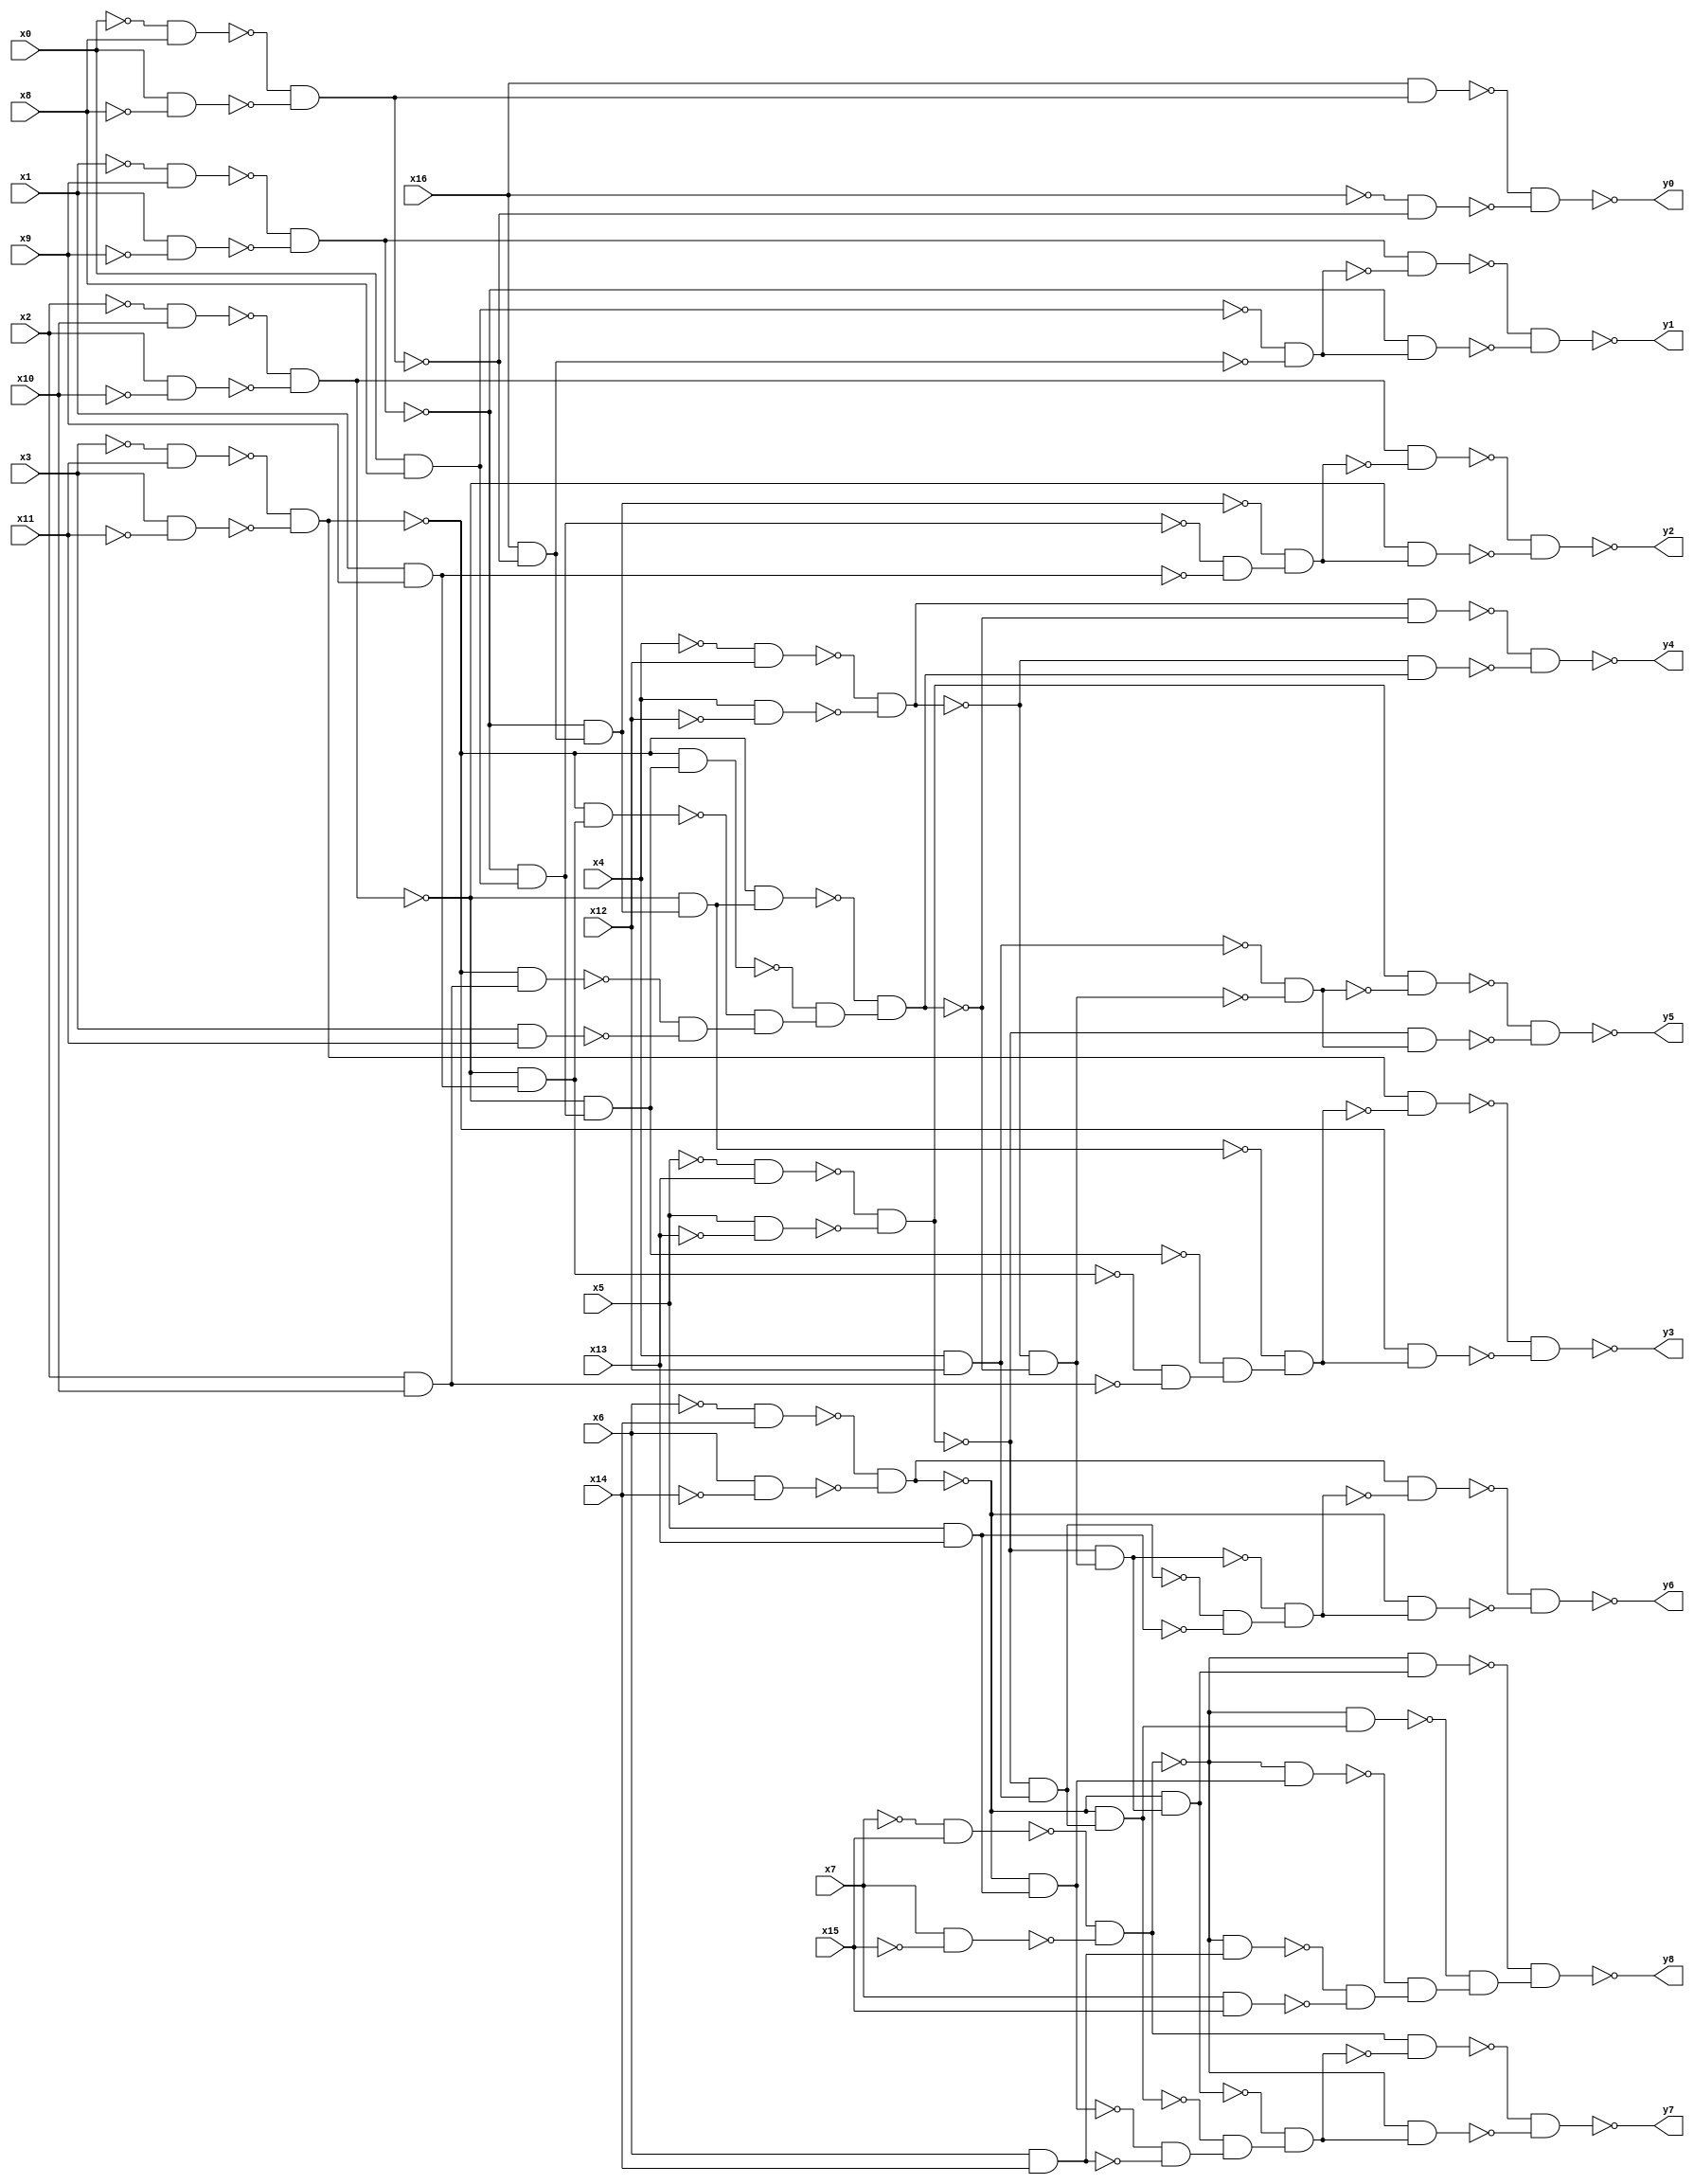
module top(x0, x1, x2, x3, x4, x5, x6, x7, x8, x9, x10, x11, x12, x13, x14, x15, x16, y0, y1, y2, y3, y4, y5, y6, y7, y8);
  input x0, x1, x2, x3, x4, x5, x6, x7, x8, x9, x10, x11, x12, x13, x14, x15, x16;
  output y0, y1, y2, y3, y4, y5, y6, y7, y8;
  wire n18, n19, n20, n21, n22, n23, n24, n25, n26, n27, n28, n29, n30, n31, n32, n33, n34, n35, n36, n37, n38, n39, n40, n41, n42, n43, n44, n45, n46, n47, n48, n49, n50, n51, n52, n53, n54, n55, n56, n57, n58, n59, n60, n61, n62, n63, n64, n65, n66, n67, n68, n69, n70, n71, n72, n73, n74, n75, n76, n77, n78, n79, n80, n81, n82, n83, n84, n85, n86, n87, n88, n89, n90, n91, n92, n93, n94, n95, n96, n97, n98, n99, n100, n101, n102, n103, n104, n105, n106, n107, n108, n109, n110, n111, n112, n113;
  assign n18 = ~x0 & x8;
  assign n19 = x0 & ~x8;
  assign n20 = ~n18 & ~n19;
  assign n21 = x16 & n20;
  assign n22 = ~x16 & ~n20;
  assign n23 = ~n21 & ~n22;
  assign n24 = ~x1 & x9;
  assign n25 = x1 & ~x9;
  assign n26 = ~n24 & ~n25;
  assign n27 = x0 & x8;
  assign n28 = x16 & ~n20;
  assign n29 = ~n27 & ~n28;
  assign n30 = n26 & ~n29;
  assign n31 = ~n26 & n29;
  assign n32 = ~n30 & ~n31;
  assign n33 = ~x2 & x10;
  assign n34 = x2 & ~x10;
  assign n35 = ~n33 & ~n34;
  assign n38 = ~n26 & n28;
  assign n36 = ~n26 & n27;
  assign n37 = x1 & x9;
  assign n39 = ~n36 & ~n37;
  assign n40 = ~n38 & n39;
  assign n41 = n35 & ~n40;
  assign n42 = ~n35 & n40;
  assign n43 = ~n41 & ~n42;
  assign n44 = ~x3 & x11;
  assign n45 = x3 & ~x11;
  assign n46 = ~n44 & ~n45;
  assign n50 = ~n35 & n38;
  assign n48 = ~n35 & n36;
  assign n47 = ~n35 & n37;
  assign n49 = x2 & x10;
  assign n51 = ~n47 & ~n49;
  assign n52 = ~n48 & n51;
  assign n53 = ~n50 & n52;
  assign n54 = n46 & ~n53;
  assign n55 = ~n46 & n53;
  assign n56 = ~n54 & ~n55;
  assign n57 = ~x4 & x12;
  assign n58 = x4 & ~x12;
  assign n59 = ~n57 & ~n58;
  assign n64 = ~n46 & n50;
  assign n62 = ~n46 & n48;
  assign n61 = ~n46 & n47;
  assign n60 = ~n46 & n49;
  assign n63 = x3 & x11;
  assign n65 = ~n60 & ~n63;
  assign n66 = ~n61 & n65;
  assign n67 = ~n62 & n66;
  assign n68 = ~n64 & n67;
  assign n69 = n59 & ~n68;
  assign n70 = ~n59 & n68;
  assign n71 = ~n69 & ~n70;
  assign n72 = ~x5 & x13;
  assign n73 = x5 & ~x13;
  assign n74 = ~n72 & ~n73;
  assign n75 = x4 & x12;
  assign n76 = ~n59 & ~n68;
  assign n77 = ~n75 & ~n76;
  assign n78 = n74 & ~n77;
  assign n79 = ~n74 & n77;
  assign n80 = ~n78 & ~n79;
  assign n81 = ~x6 & x14;
  assign n82 = x6 & ~x14;
  assign n83 = ~n81 & ~n82;
  assign n86 = ~n74 & n76;
  assign n84 = ~n74 & n75;
  assign n85 = x5 & x13;
  assign n87 = ~n84 & ~n85;
  assign n88 = ~n86 & n87;
  assign n89 = n83 & ~n88;
  assign n90 = ~n83 & n88;
  assign n91 = ~n89 & ~n90;
  assign n92 = ~x7 & x15;
  assign n93 = x7 & ~x15;
  assign n94 = ~n92 & ~n93;
  assign n98 = ~n83 & n86;
  assign n96 = ~n83 & n84;
  assign n95 = ~n83 & n85;
  assign n97 = x6 & x14;
  assign n99 = ~n95 & ~n97;
  assign n100 = ~n96 & n99;
  assign n101 = ~n98 & n100;
  assign n102 = n94 & ~n101;
  assign n103 = ~n94 & n101;
  assign n104 = ~n102 & ~n103;
  assign n109 = ~n94 & n98;
  assign n107 = ~n94 & n96;
  assign n106 = ~n94 & n95;
  assign n105 = ~n94 & n97;
  assign n108 = x7 & x15;
  assign n110 = ~n105 & ~n108;
  assign n111 = ~n106 & n110;
  assign n112 = ~n107 & n111;
  assign n113 = ~n109 & n112;
  assign y0 = ~n23;
  assign y1 = ~n32;
  assign y2 = ~n43;
  assign y3 = ~n56;
  assign y4 = ~n71;
  assign y5 = ~n80;
  assign y6 = ~n91;
  assign y7 = ~n104;
  assign y8 = ~n113;
endmodule